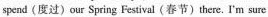
spend (度过) our Spring Festival (春节) there. I'm sure